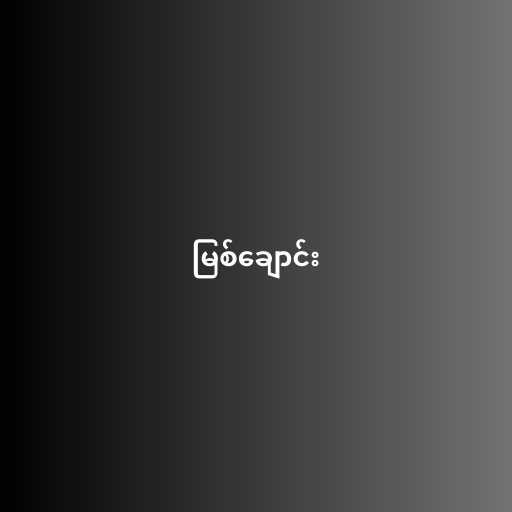
မြစ်ချောင်း